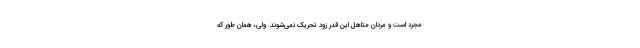
مجرد است و مردان متاهل این قدر زود تحریک نمی‌شوند. ولی، همان طور که